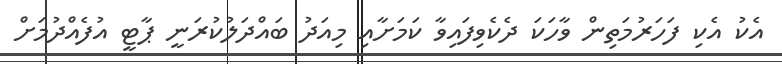
އެކު އެކި ފަހަރުމަތިން ވާހަކަ ދެކެވިފައިވާ ކަމަށާއި މިއަދު ބައްދަލުކުރަނީ ޕާޓީ އުފެއްދުމަށް